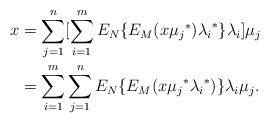
LaTeX: \begin{align*} x &=\sum_{j=1}^n[\sum_{i=1}^m E_N\{E_M(x{\mu_j}^*){\lambda_i}^*\}\lambda_i]\mu_j\\ &= \sum_{i=1}^m\sum_{j=1}^nE_N\{E_M(x{\mu_j}^*{\lambda_i}^*)\}\lambda_i \mu_j. \end{align*}